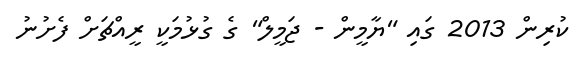
ކުރިން 2013 ގައި "ޔާމީން - ޖަމީލް" ގެ ގުޅުމަކީ ރީއްޗަށް ފެށުނު